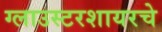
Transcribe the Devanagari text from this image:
ग्लाउस्टरशायरचे